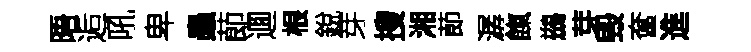
晤逅吼卑蟲莭逥根銳芽搜湘莭潺餼鷀芽毁奩進